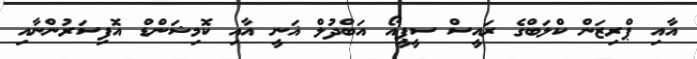
އާއި ޕްރިޒަން ކްލަބްގެ ރައީސް ސީޕީއޯ އަބްދުލް ޣަނީ އާއި ކޮމިޝަންޑް އޮފިސަރުންނާއި